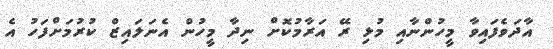
އާދަވެފައިވާ މީހުންނާއި މުޅި ރޭ އަރާމުކޮށް ނިދާ މީހުން އެނަލައިޒް ކުރުމަށްފަހު އެ